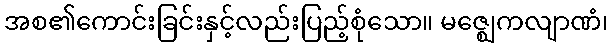
အစ၏ကောင်းခြင်းနှင့်လည်းပြည့်စုံသော။ မဇ္ဈေကလျာဏံ၊